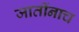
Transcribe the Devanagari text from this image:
जातींनाच